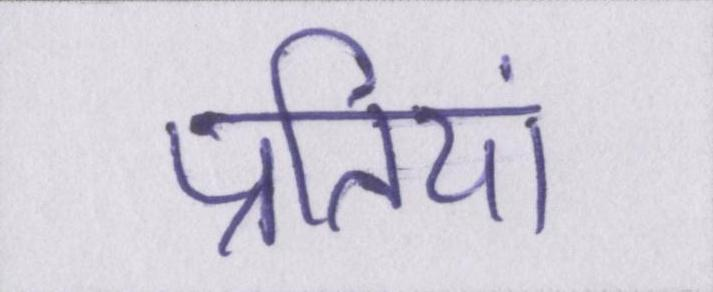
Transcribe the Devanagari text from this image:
प्रतियां